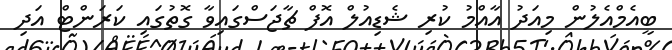
ބީއެމްއެލުން މިއަދު އާއްމު ކުރި ޝެޑިއުލް އޮފް ޗާޖަސްގައިވާ ގޮތުގައި ކަރަންޓް އަދި